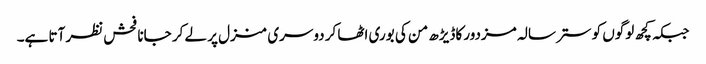
جبکہ کچھ لوگوں کو ستر سالہ مزدور کاڈیڑھ من کی بوری اٹھا کر دوسری منزل پر لے کر جانا فحش نظر آتا ہے۔